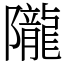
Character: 隴